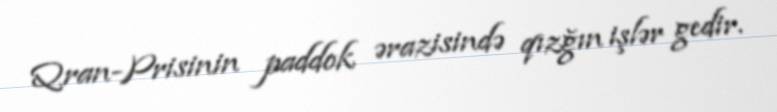
Qran-Prisinin paddok ərazisində qızğın işlər gedir.